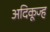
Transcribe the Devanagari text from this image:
अदिकूज्ह